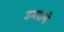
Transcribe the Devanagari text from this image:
उमराणे